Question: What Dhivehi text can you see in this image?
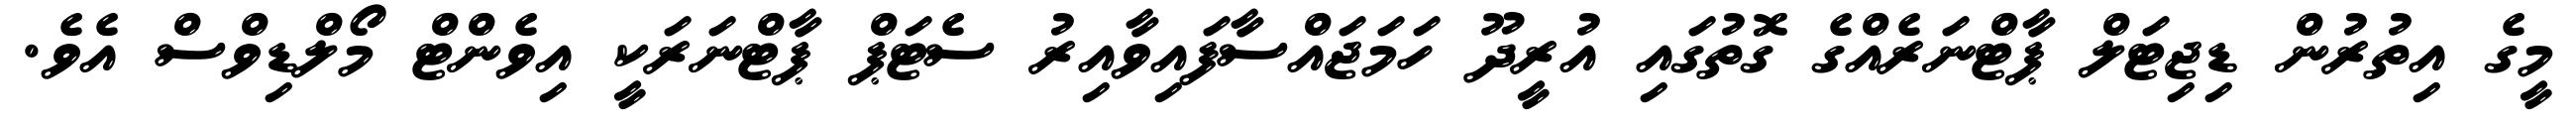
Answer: މީގެ އިތުރުން ޑިޖިޓަލް ޕާޓްނަރެއްގެ ގޮތުގައި އުރީދޫ ހަމަޖައްސާފައިވާއިރު ސެޓަޕް ޕާޓްނަރަކީ އިވެންޓް މޯލްޑިވްސް އެވެ.